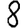
Digit: 8